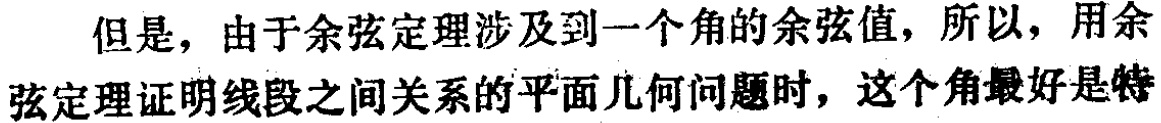
但是，由于余弦定理涉及到一个角的余弦值，所以，用余弦定理证明线段之间关系的平面几何问题时，这个角最好是特